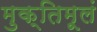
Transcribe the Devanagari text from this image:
मुक्तिमूलं